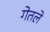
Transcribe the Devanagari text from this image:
गेतले